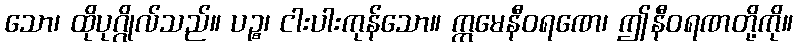
သော၊ ထိုပုဂ္ဂိုလ်သည်။ ပဉ္စ၊ ငါးပါးကုန်သော။ ဣမေနီဝရဏေ၊ ဤနီဝရဏတို့ကို။